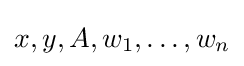
x,y,A,w_{1},\dotsc ,w_{n}